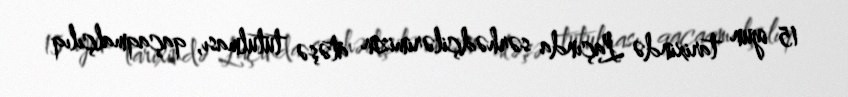
15 iyun tarixində Laçında sərhədçilərimizin atəşə tutulması, qaçaqmalçılıq